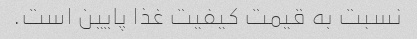
نسبت به قیمت کیفیت غذا پایین است.